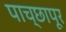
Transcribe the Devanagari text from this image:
पाच्छापूर